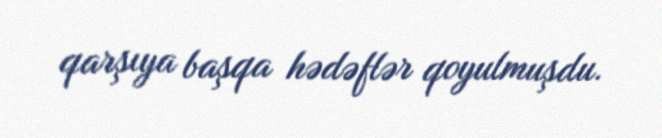
qarşıya başqa hədəflər qoyulmuşdu.